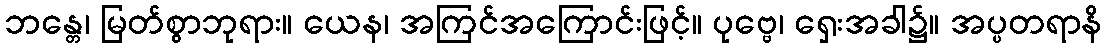
ဘန္တေ၊ မြတ်စွာဘုရား။ ယေန၊ အကြင်အကြောင်းဖြင့်။ ပုဗ္ဗေ၊ ရှေးအခါ၌။ အပ္ပတရာနိ